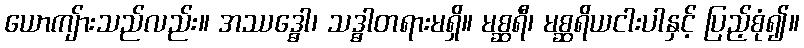
ယောကျ်ားသည်လည်း။ အဿဒ္ဓေါ၊ သဒ္ဓါတရားမရှိ။ မစ္ဆရီ၊ မစ္ဆရိယငါးပါနှင့် ပြည့်စုံ၍။